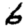
Digit: 6